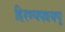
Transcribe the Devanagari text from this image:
हिरण्यपश्यपू